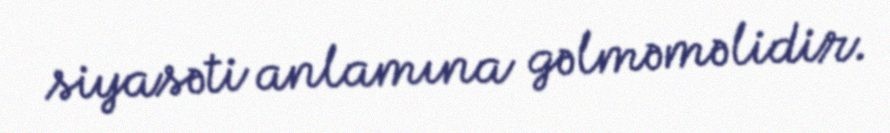
siyasəti anlamına gəlməməlidir.